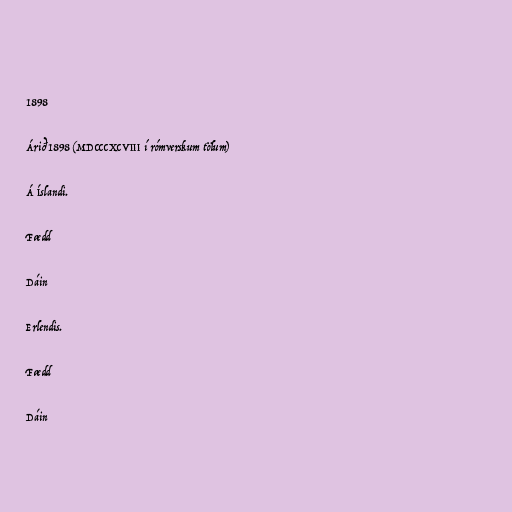
1898

Árið 1898 (MDCCCXCVIII í rómverskum tölum)

Á Íslandi.

Fædd

Dáin

Erlendis.

Fædd

Dáin